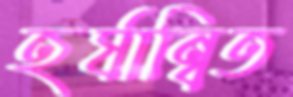
হর্ষান্বিত